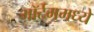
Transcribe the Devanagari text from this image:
मॉर्टममध्ये